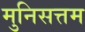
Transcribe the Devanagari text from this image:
मुनिसत्तम